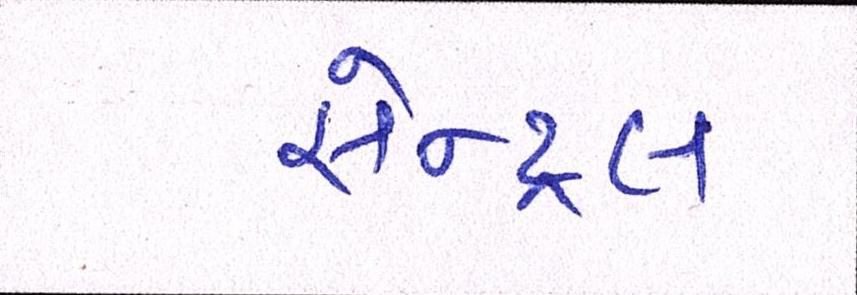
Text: સેન્ટ્રલ